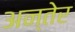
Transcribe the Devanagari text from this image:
अन्तेर